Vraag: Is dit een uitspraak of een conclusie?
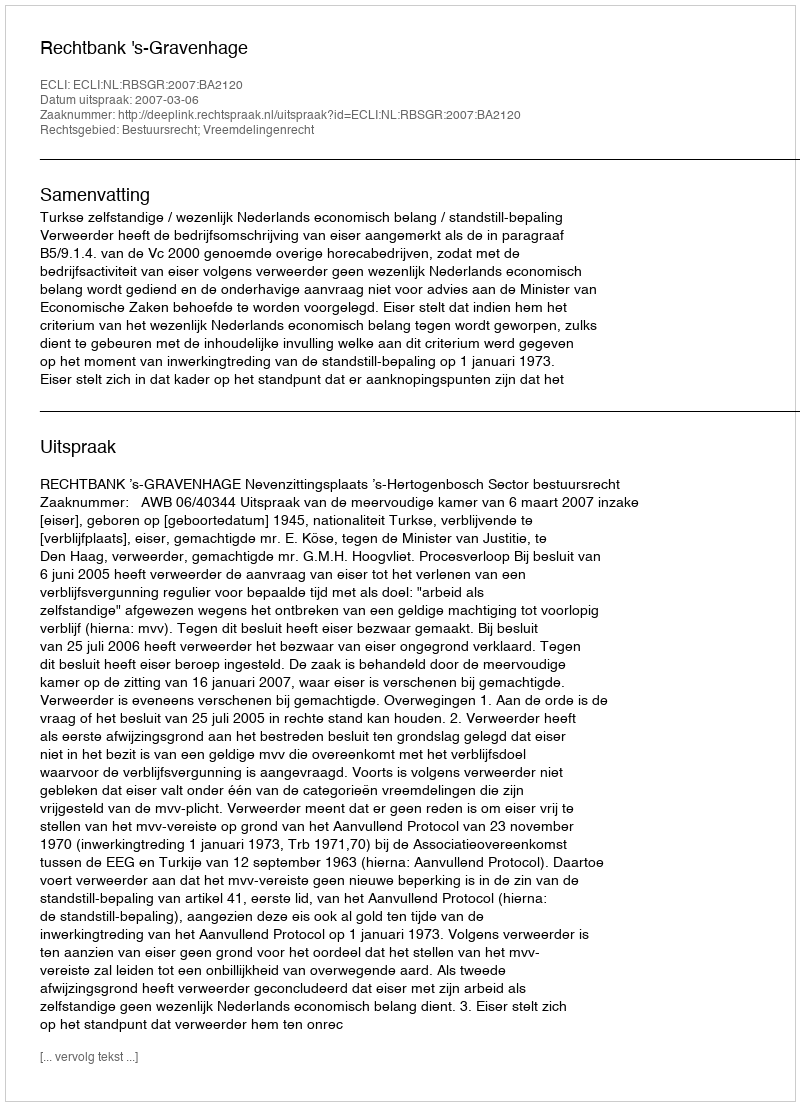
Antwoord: Uitspraak